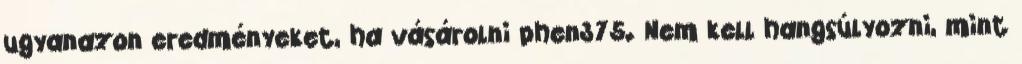
ugyanazon eredményeket, ha vásárolni phen375. Nem kell hangsúlyozni, mint